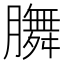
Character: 𭩐